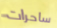
ساحرات